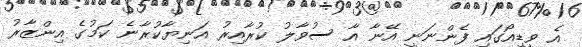
އެ ވީޑިއޯގައި ފެންނަނީ އޭނާ އާ ސުވާލު ކުރާއިރު އަނިޔާކުރާނެ ކަމުގެ އިންޒާރު